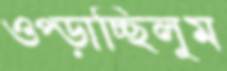
ওপ্‌ড়াচ্ছিলুম